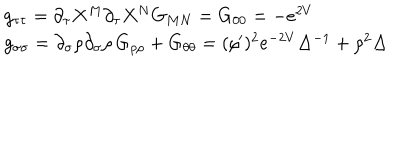
\begin{array} { l } { { g _ { \tau \tau } = \partial _ { \tau } X ^ { M } \partial _ { \tau } X ^ { N } G _ { M N } = G _ { 0 0 } = - e ^ { 2 V } } } \\ { { g _ { \sigma \sigma } = \partial _ { \sigma } \rho \partial _ { \sigma } \rho \, G _ { \rho \rho } + G _ { \theta \theta } = ( \rho ^ { \prime } ) ^ { 2 } e ^ { - 2 V } \Delta ^ { - 1 } + \rho ^ { 2 } \Delta } } \\ \end{array}